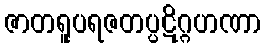
ဇာတရူပရဇတပ္ပဋိဂ္ဂဟဏာ